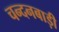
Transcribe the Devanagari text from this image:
चन्दनबाड़ी